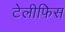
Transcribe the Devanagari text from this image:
टेलीफिस